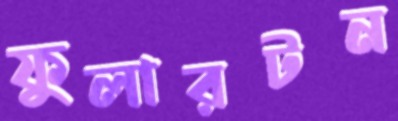
ফুলারটন